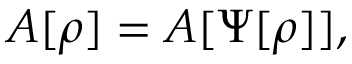
A [ \rho ] = A [ \Psi [ \rho ] ] ,